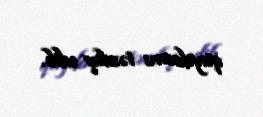
qaydasını təsdiq edib.